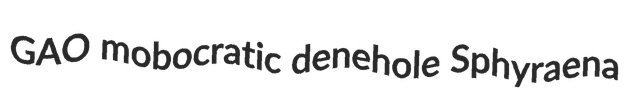
GAO mobocratic denehole Sphyraena